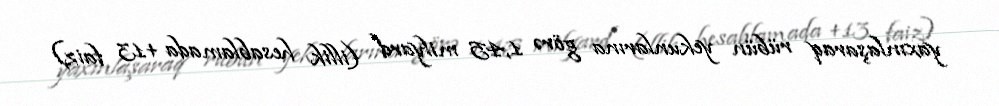
yaxınlaşaraq rübün yekunlarına görə 1,45 milyard (illik hesablamada +13 faiz)